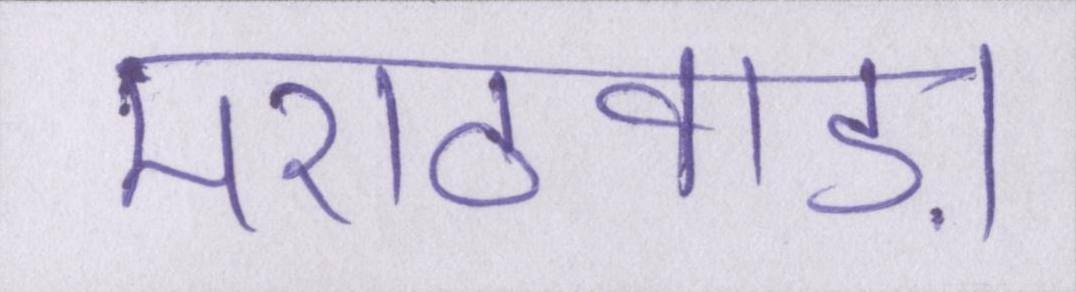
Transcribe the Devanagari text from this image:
मराठवाड़ा